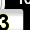
Digit: 3